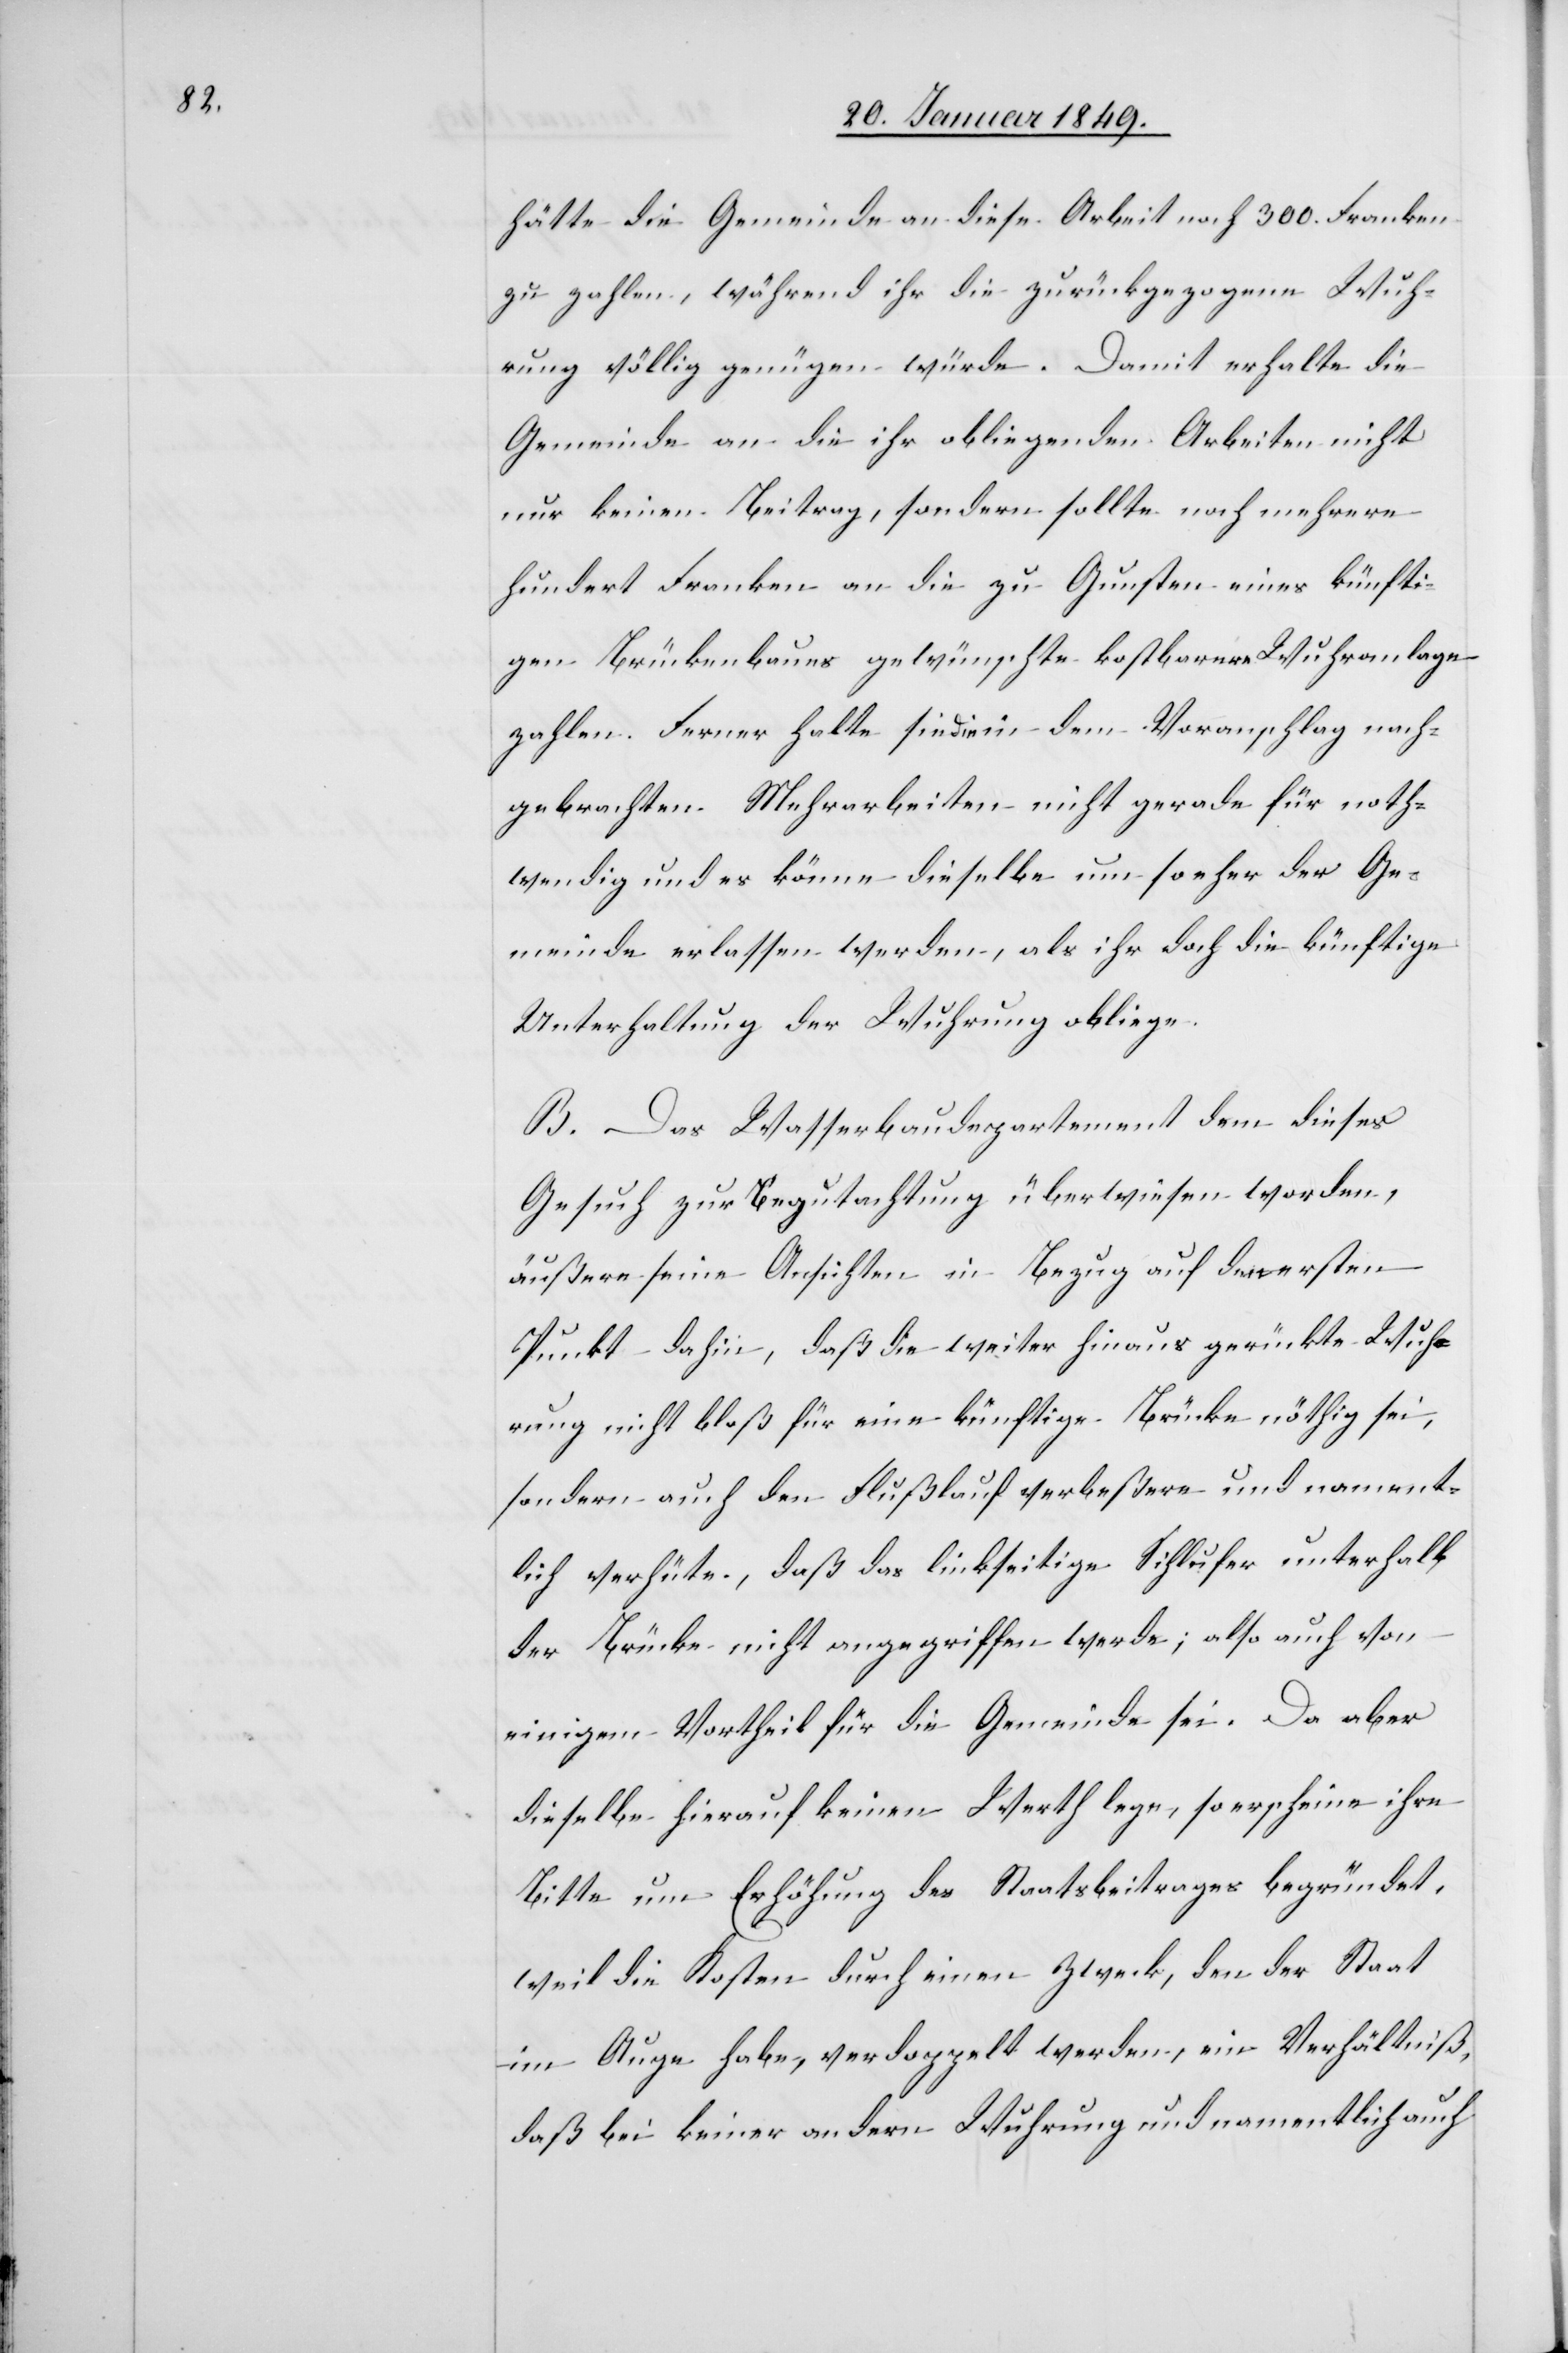
hätte die Gemeinde an diese Arbeit noch 300. Franken
zu zahlen, während ihr die zurückgezogene Wuh¬
rung völlig genügen würde. Damit erhalte die
Gemeinde an die ihr obliegenden Arbeiten nicht
nur keinen Beitrag, sondern sollte noch mehrere
hundert Franken an die zu Gunsten eines künfti¬
gen Brückenbaues gewünschte kostbarere Wuhranlage
zahlen. Ferner halte sie die in dem Voranschlag nach¬
gebrachten Mehrarbeiten nicht gerade für noth¬
wendig und es könne dieselbe um so eher der Ge¬
meinde erlassen werden, als ihr doch die künftige
Unterhaltung der Wuhrung obliege.
B. Das Wasserbaudepartement dem dieses
Gesuch zur Begutachtung überwiesen worden,
äußere seine Ansichten in Bezug auf den ersten
Punkt dahin, daß die weiter hinaus gerückte Wuh¬
rung nicht bloß für eine künftige Brücke nöthig sei,
sondern auch den Flußlauf verbeßere und nament¬
lich verhüte, daß das linkseitige Sihlufer unterhalb
der Brücke nicht angegriffen werde; also auch von
einigem Vortheil für die Gemeinde sei. Da aber
dieselbe hierauf keinen Werth lege, so erscheine ihre
Bitte um Erhöhung des Staatsbeitrages begründet.
Weil die Kosten durch einen Zweck, den der Staat
im Auge habe, verdoppelt werden, ein Verhältniß,
daß bei keiner andern Wuhrung und namentlich auch